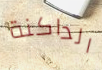
الداكنة